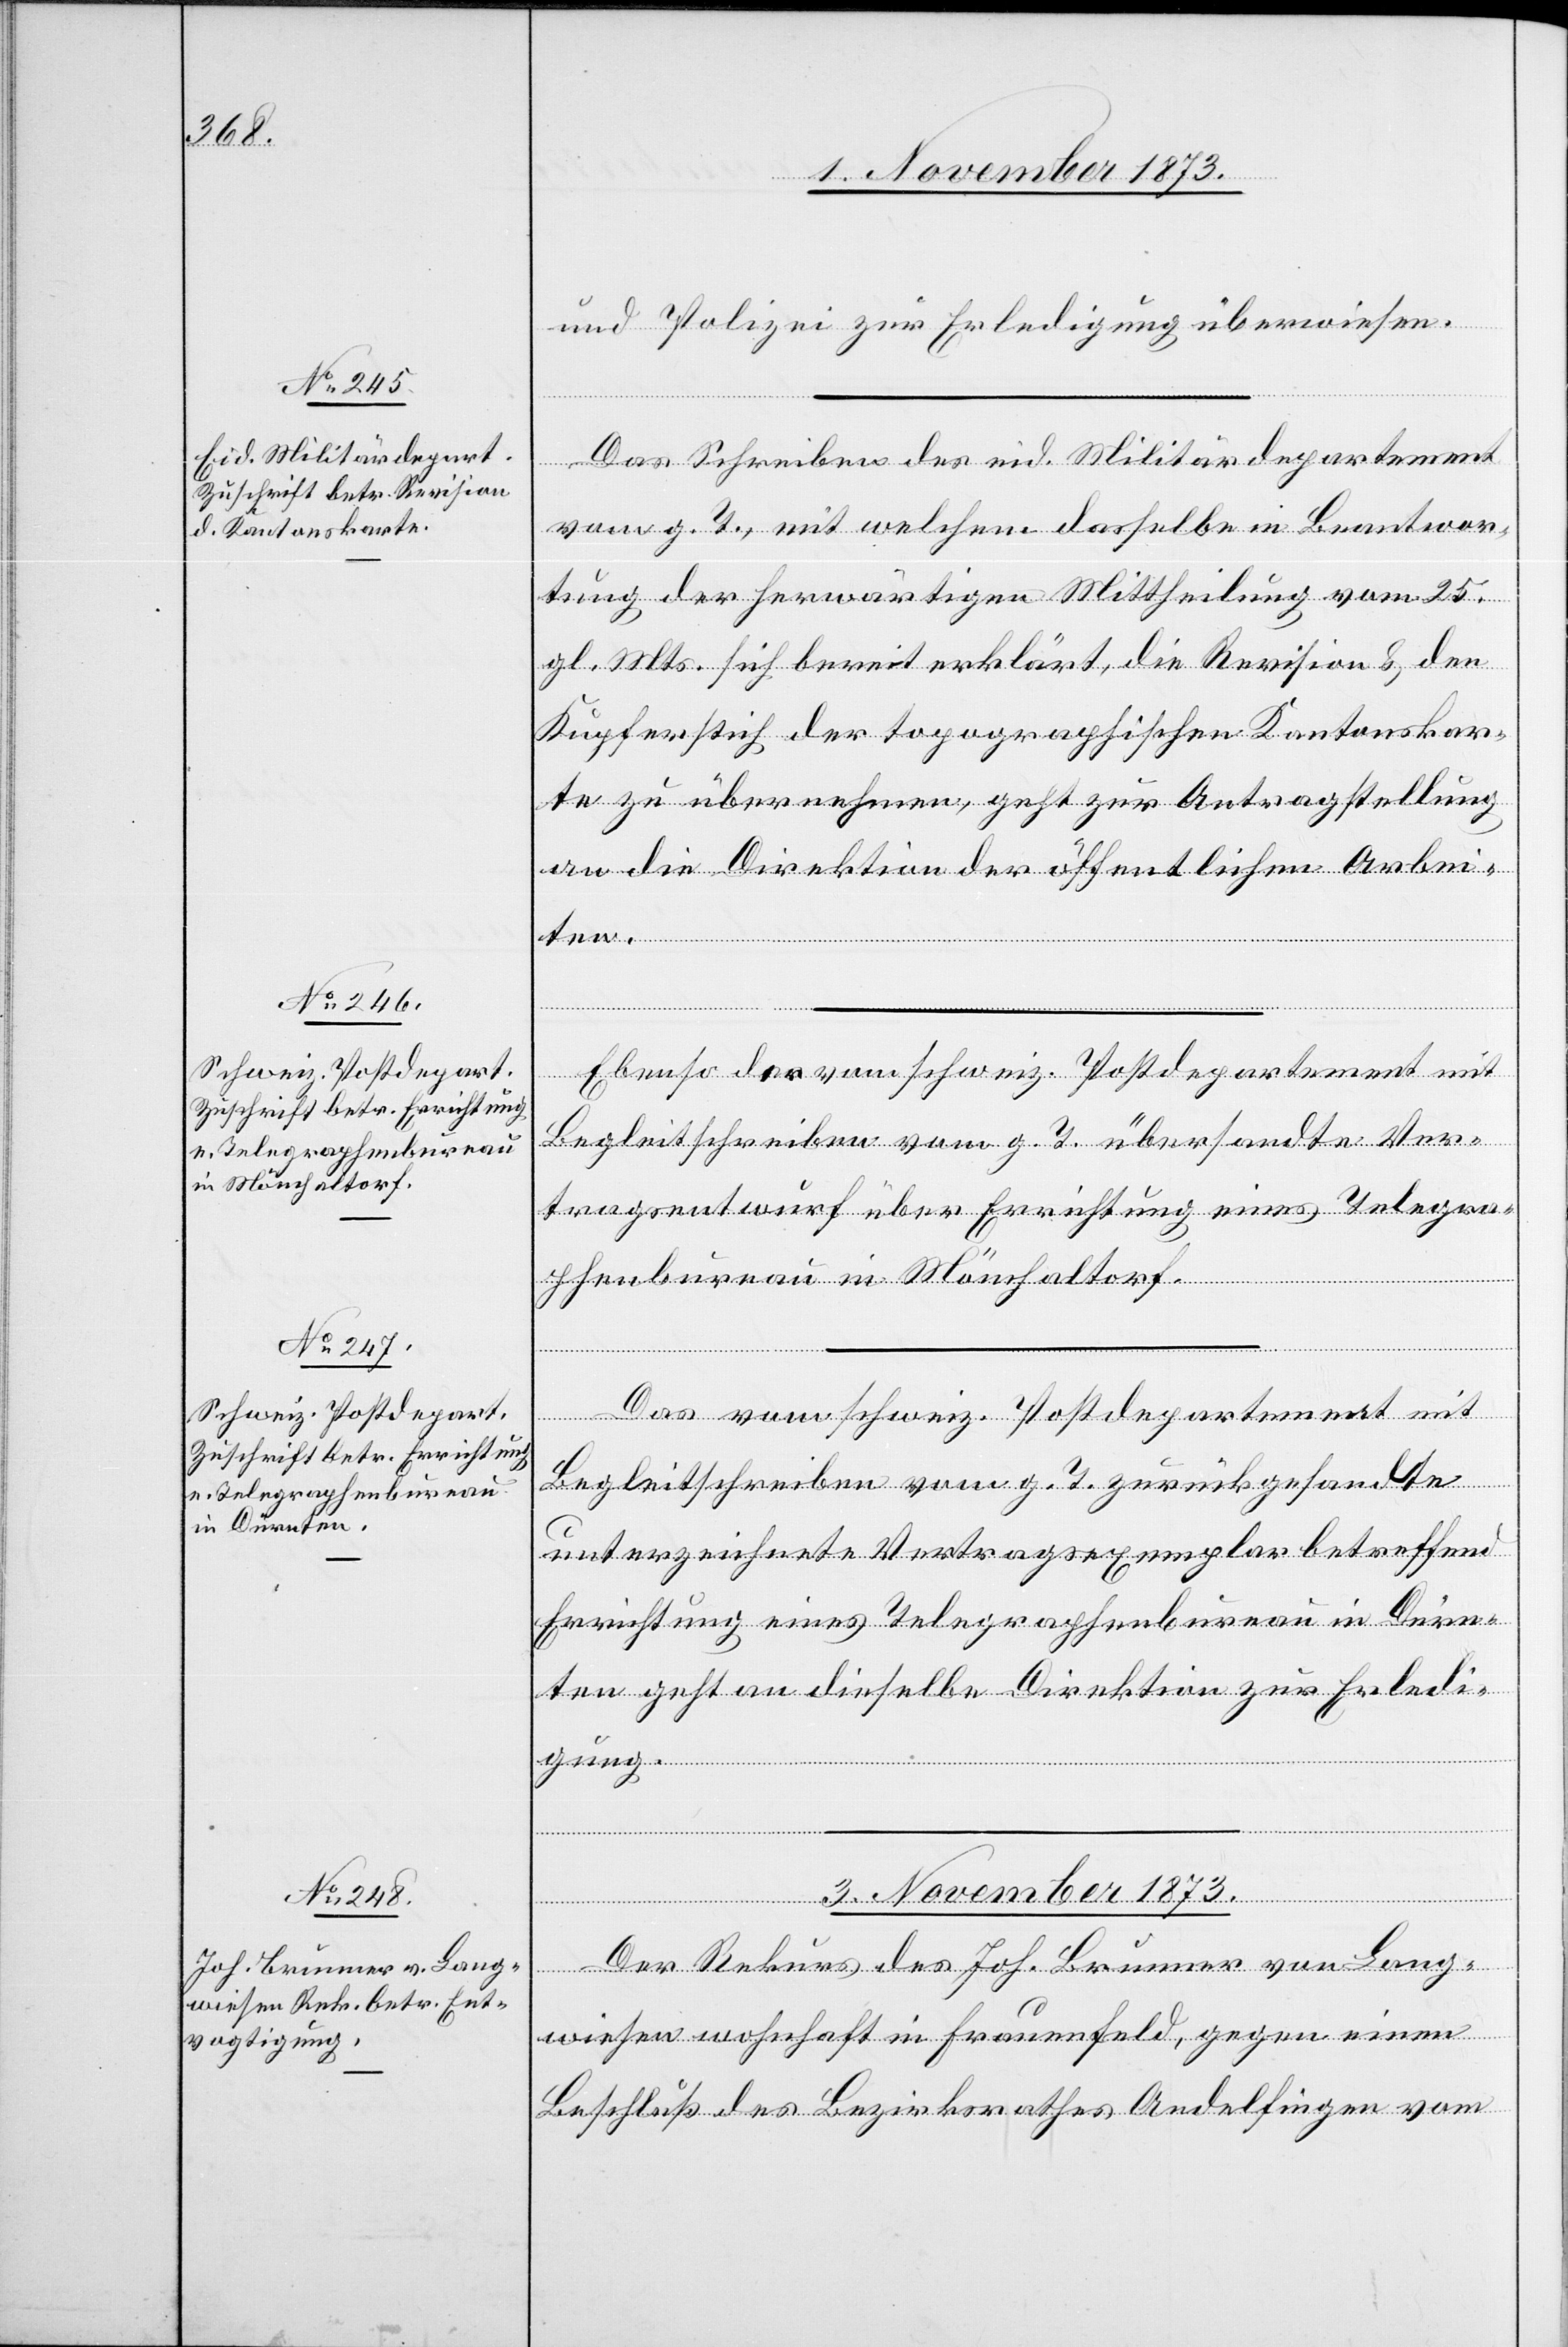
und Polizei zur Erledigung überwiesen.
Das Schreiben des eid. Militärdepartement
vom g. T., mit welchem dasselbe in Beantwor¬
tung der herwärtigen Mittheilung vom 25.
gl. Mts. sich bereit erklärt, die Revision & den
Kupferstich der topographischen Kantonskar¬
te zu übernehmen, geht zur Antragstellung
an die Direktion der öffentlichen Arbei¬
[Präsidial-Verfü¬
ten.
Ebenso der vom schweiz. Postdepartement mit
Begleitschreiben vom g. T. übersandte Ver¬
tragsentwurf über Errichtung eines Telegra¬
phenbureau in Mönchaltorf.
Das vom schweiz. Postdepartement mit
Begleitschreiben vom g. T. zurückgesandte
unterzeichnete Vertragsexemplar betreffend
Errichtung eines Telegraphenbureau in Dürn¬
ten geht an dieselbe Direktion zur Erledi¬
gung.
3. November 1873.
Der Rekurs des Joh. Brunner von Lang¬
wiesen wohnhaft in Frauenfeld, gegen einen
Beschluß des Bezirksrathes Andelfingen vom